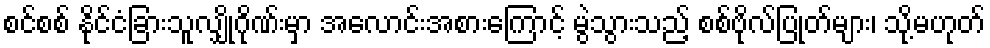
စင်စစ် နိုင်ငံခြားသူလျှိုဂိုဏ်းမှာ အလောင်းအစားကြောင့် မွဲသွားသည့် စစ်ဗိုလ်ပြုတ်များ၊ သို့မဟုတ်